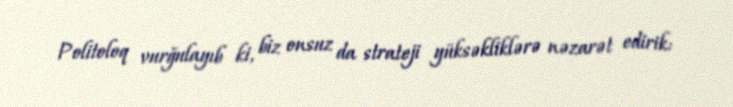
Politoloq vurğulayıb ki, biz onsuz da strateji yüksəkliklərə nəzarət edirik: